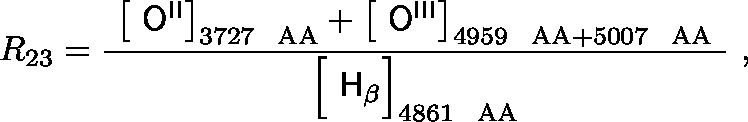
R _ { 2 3 } = { \frac { \ \left[ \ { \mathsf { O } } ^ { \mathsf { I I } } \right] _ { 3 7 2 7 ~ \mathrm { \ A A } } + \left[ \ { \mathsf { O } } ^ { \mathsf { I I I } } \right] _ { 4 9 5 9 ~ \mathrm { \ A A } + 5 0 0 7 ~ \mathrm { \ A A } } \ } { { \Bigl [ } \ { \mathsf { H } } _ { \mathsf { \beta } } { \Bigr ] } _ { 4 8 6 1 ~ \mathrm { \ A A } } } } \ ,